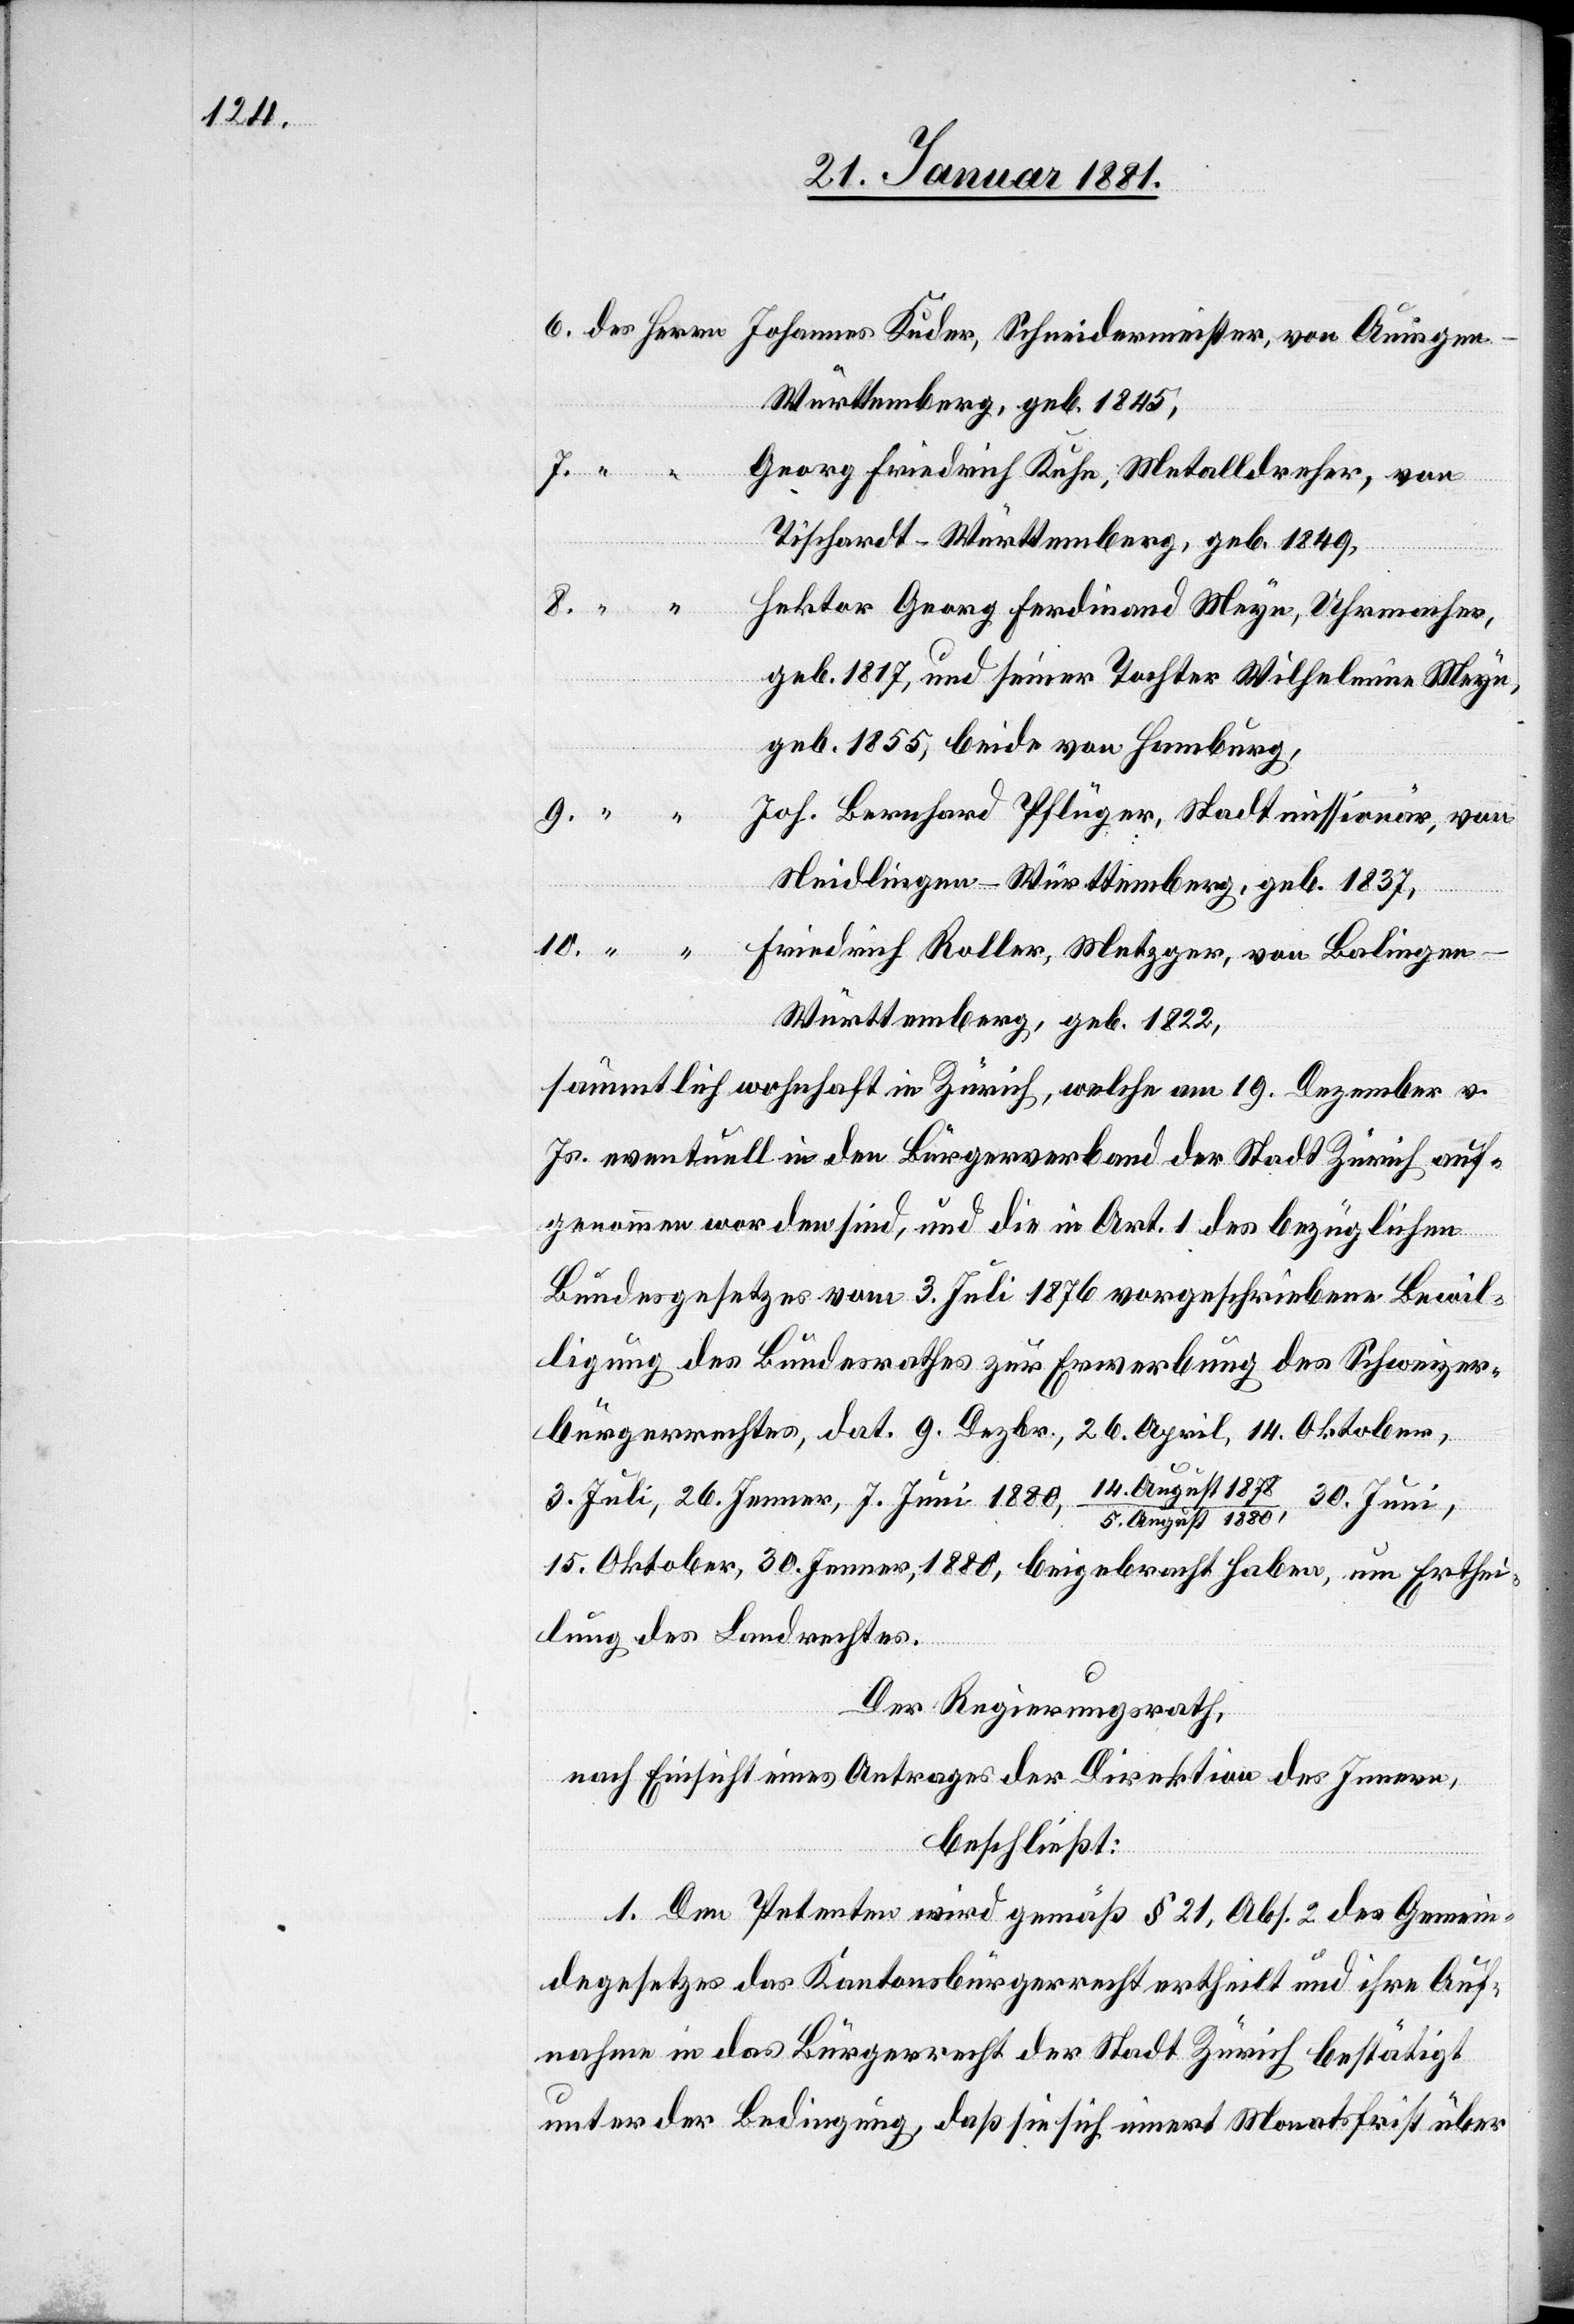
Württemberg, geb. 1845,
auf¬
Georg Friedrich Kuhn, Metalldreher, von
Tischardt - Wintertuhr, geb. 1849,
Hektor Georg Ferdinand Meyn, Uhrmacher,
geb. 1817, und seiner Tochter Wilhelmine Meyn,
geb. 1855, beide von Hamburg,
Joh. Bernhard Pflüger, Stadtmissionär, von
Heidlingen - Württmeberg, geb. 1837,
Württemberg, geb. 1822,
sämmtliche wohnhaft in Zürich, welche am 19. Dezember v.
genommen worden sind, und die in Art. 1 des bezüglichen
Bundesgesetzes vom 3. Juli 1876 vorgeschriebene Bewil¬
ligung des Bundesrathes zur Erwerbung des Schweizer¬
bürgerrechtes, dat. 9. Dezbr., 26. April, 14. Oktober,
3. Juli, 26. Jenner, 7. Juni 1880, 14. August 1878/5.
30. Juni,
15. Oktober, 30. Jenner 1880, beigebracht haben, um Erthei¬
lung des Landrechtes.
8.
Der Regierungsrath,
nach Einsicht eines Antrages der Direktion des Innern,
beschließt:
1. Dem Petenten wird gemäß § 21, Abs. 2 des Gemein¬
degesetzes das Kantonsbürgerrecht ertheilt und ihre Auf¬
nahme in das Bürgerrecht der Stadt Zürich bestätigt
unter der Bedingung, daß sie sich innert Monatsfrist über